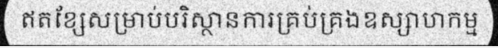
ឥតខ្សែសម្រាប់បរិស្ថានការគ្រប់គ្រងឧស្សាហកម្ម